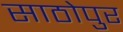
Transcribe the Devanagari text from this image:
साठोपुर